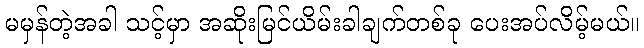
မမှန်တဲ့အခါ သင့်မှာ အဆိုးမြင်ယိမ်းခါချက်တစ်ခု ပေးအပ်လိမ့်မယ်။